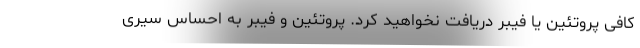
کافی پروتئین یا فیبر دریافت نخواهید کرد. پروتئین و فیبر به احساس سیری